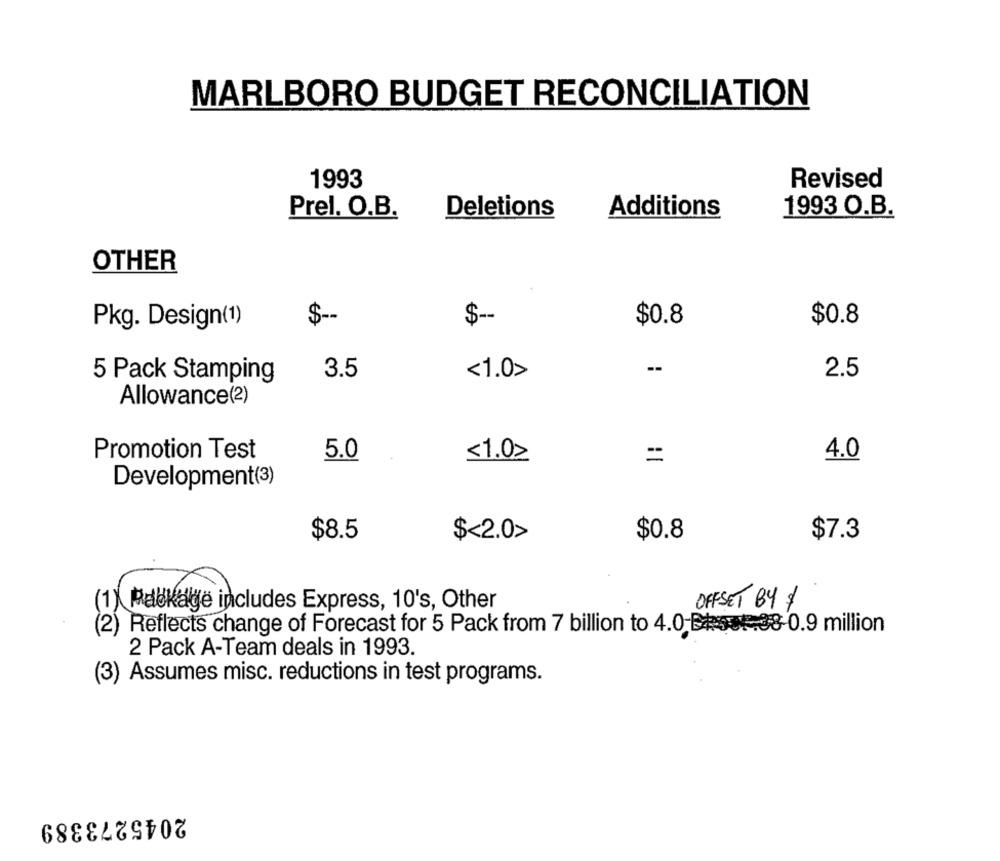
MARLBORO BUDGET RECONCILIATION
1993
Revised
Prel. O.B.
Deletions
Additions
1993 O.B.
OTHER
$ --
$ --
$0.8
Pkg. Design(1)
$0.8
--
5 Pack Stamping
3.5
<1.0>
2.5
Allowance(2)
Promotion Test
5.0
<1.02
=
4.0
Development(3)
$8.5
$<2.0>
$0.8
$7.3
(1) Pabkage includes Express, 10's, Other
OFFSET 84 $
(2) Reflects change of Forecast for 5 Pack from 7 billion to 4.0 Best 38 0.9 million
2 Pack A-Team deals in 1993.
(3) Assumes misc. reductions in test programs.
2045273389